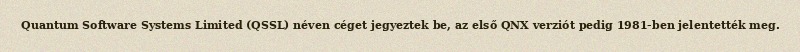
Quantum Software Systems Limited (QSSL) néven céget jegyeztek be, az első QNX verziót pedig 1981-ben jelentették meg.